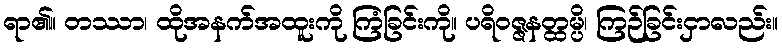
ရာ၏။ တဿာ၊ ထိုအနက်အထူးကို ကြံခြင်းကို။ ပရိဝဇ္ဇနတ္ထမ္ပိ၊ ကြဉ်ခြင်းငှာလည်း။